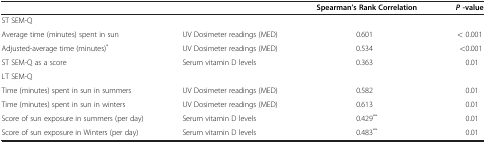
|  |  | Spearman’s Rank Correlation | P -value |
 | --- | --- | --- | --- |
 | <COLSPAN=4> ST SEM-Q |
 | Average time (minutes) spent in sun | UV Dosimeter readings (MED) | 0.601 | < 0.001 |
 | Adjusted-average time (minutes)* | UV Dosimeter readings (MED) | 0.534 | <0.001 |
 | ST SEM-Q as a score | Serum vitamin D levels | 0.363 | 0.01 |
 | <COLSPAN=4> LT SEM-Q |
 | Time (minutes) spent in sun in summers | UV Dosimeter readings (MED) | 0.582 | 0.01 |
 | Time (minutes) spent in sun in winters | UV Dosimeter readings (MED) | 0.613 | 0.01 |
 | Score of sun exposure in summers (per day) | Serum vitamin D levels | 0.429** | 0.01 |
 | Score of sun exposure in Winters (per day) | Serum vitamin D levels | 0.483** | 0.01 |